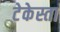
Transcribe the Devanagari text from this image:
टेकेस्ता